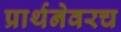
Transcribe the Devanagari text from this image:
प्रार्थनेवरच